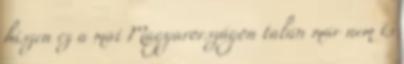
hiszen ez a mai Magyarországon talán már nem is